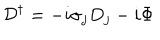
{ \cal D } ^ { \dagger } = - i \sigma _ { j } D _ { j } - i \Phi